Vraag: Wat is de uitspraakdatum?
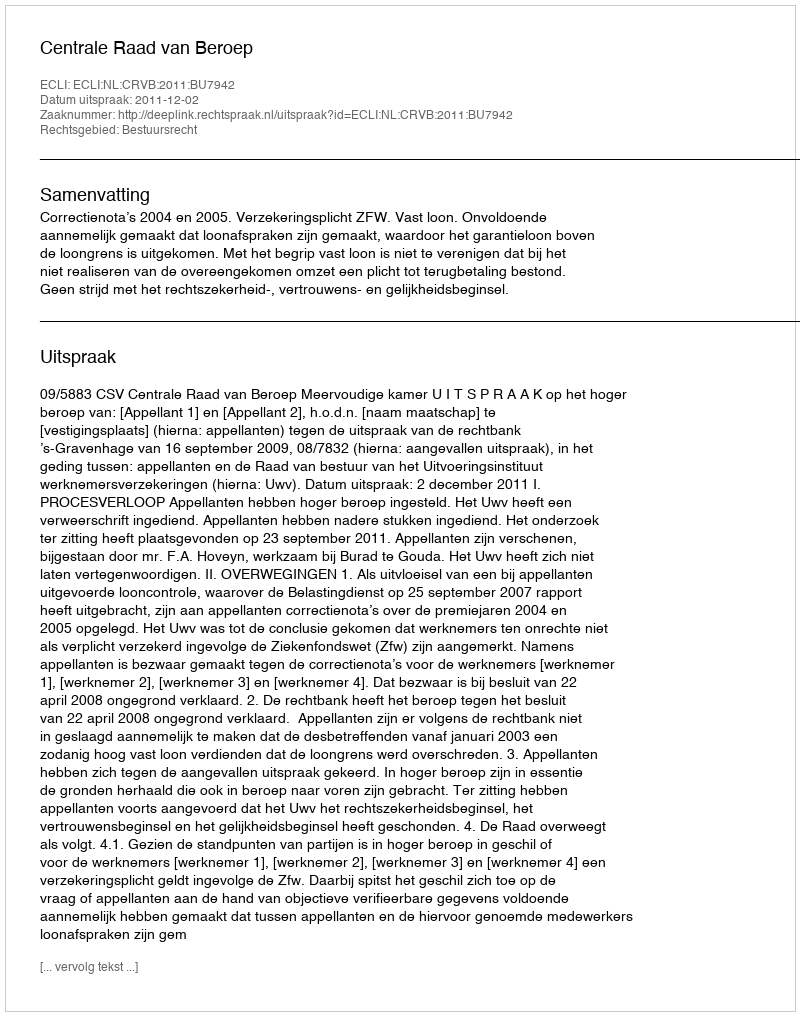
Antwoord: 2011-12-02